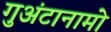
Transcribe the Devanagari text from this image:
गुअंटानामो